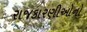
રાજકારણીઓનો